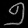
Digit: ၅